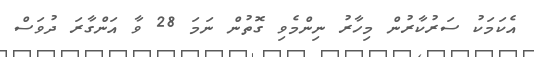
އެކަމަކު ސަރުކާރުން މިހާރު ނިންމެވި ގޮތުން ނަމަ 28 ވާ އަންގާރަ ދުވަސް